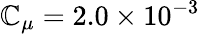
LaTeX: \mathbb{C}_{\mu}=2.0\times10^{-3}